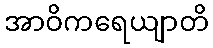
အာဝိကရေယျာတိ